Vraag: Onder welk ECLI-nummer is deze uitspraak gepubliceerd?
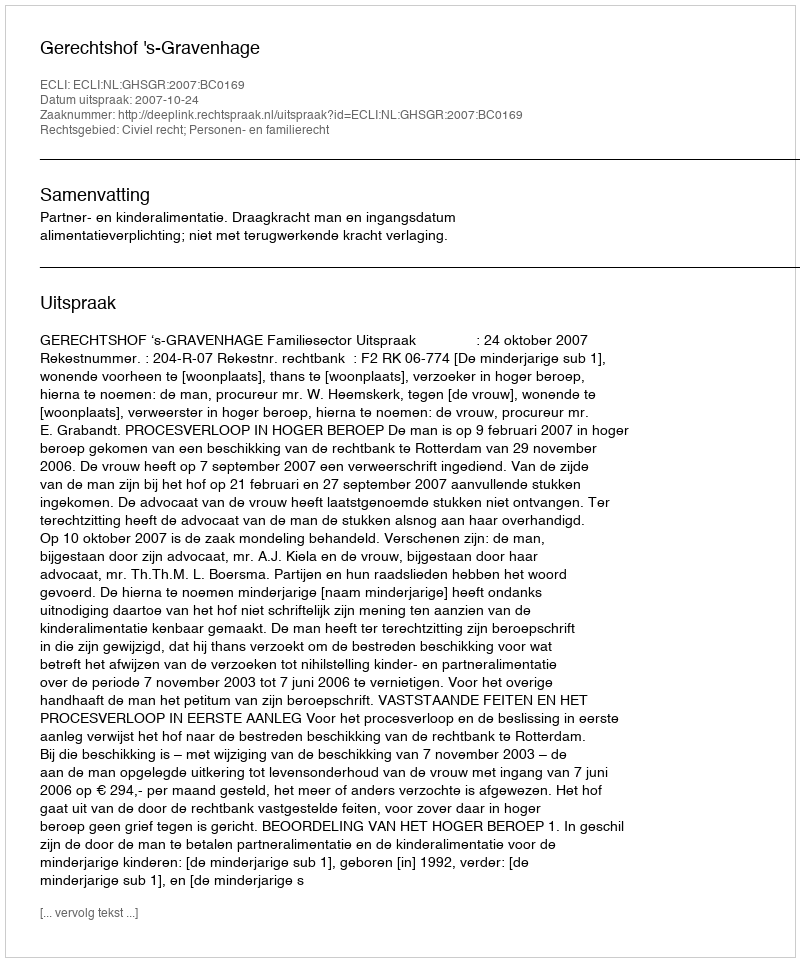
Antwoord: ECLI:NL:GHSGR:2007:BC0169